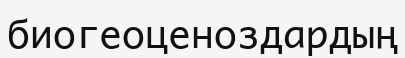
биогеоценоздардың